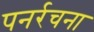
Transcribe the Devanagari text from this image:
पनर्रचना